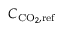
C _ { \mathrm { C O } _ { 2 } , \mathrm { r e f } }